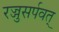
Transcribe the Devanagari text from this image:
रज्जुसर्पवत्‌